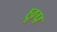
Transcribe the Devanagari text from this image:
छूप